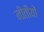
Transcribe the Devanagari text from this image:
नीतीयों